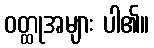
ဝတ္ထုအများ ပါ၏။